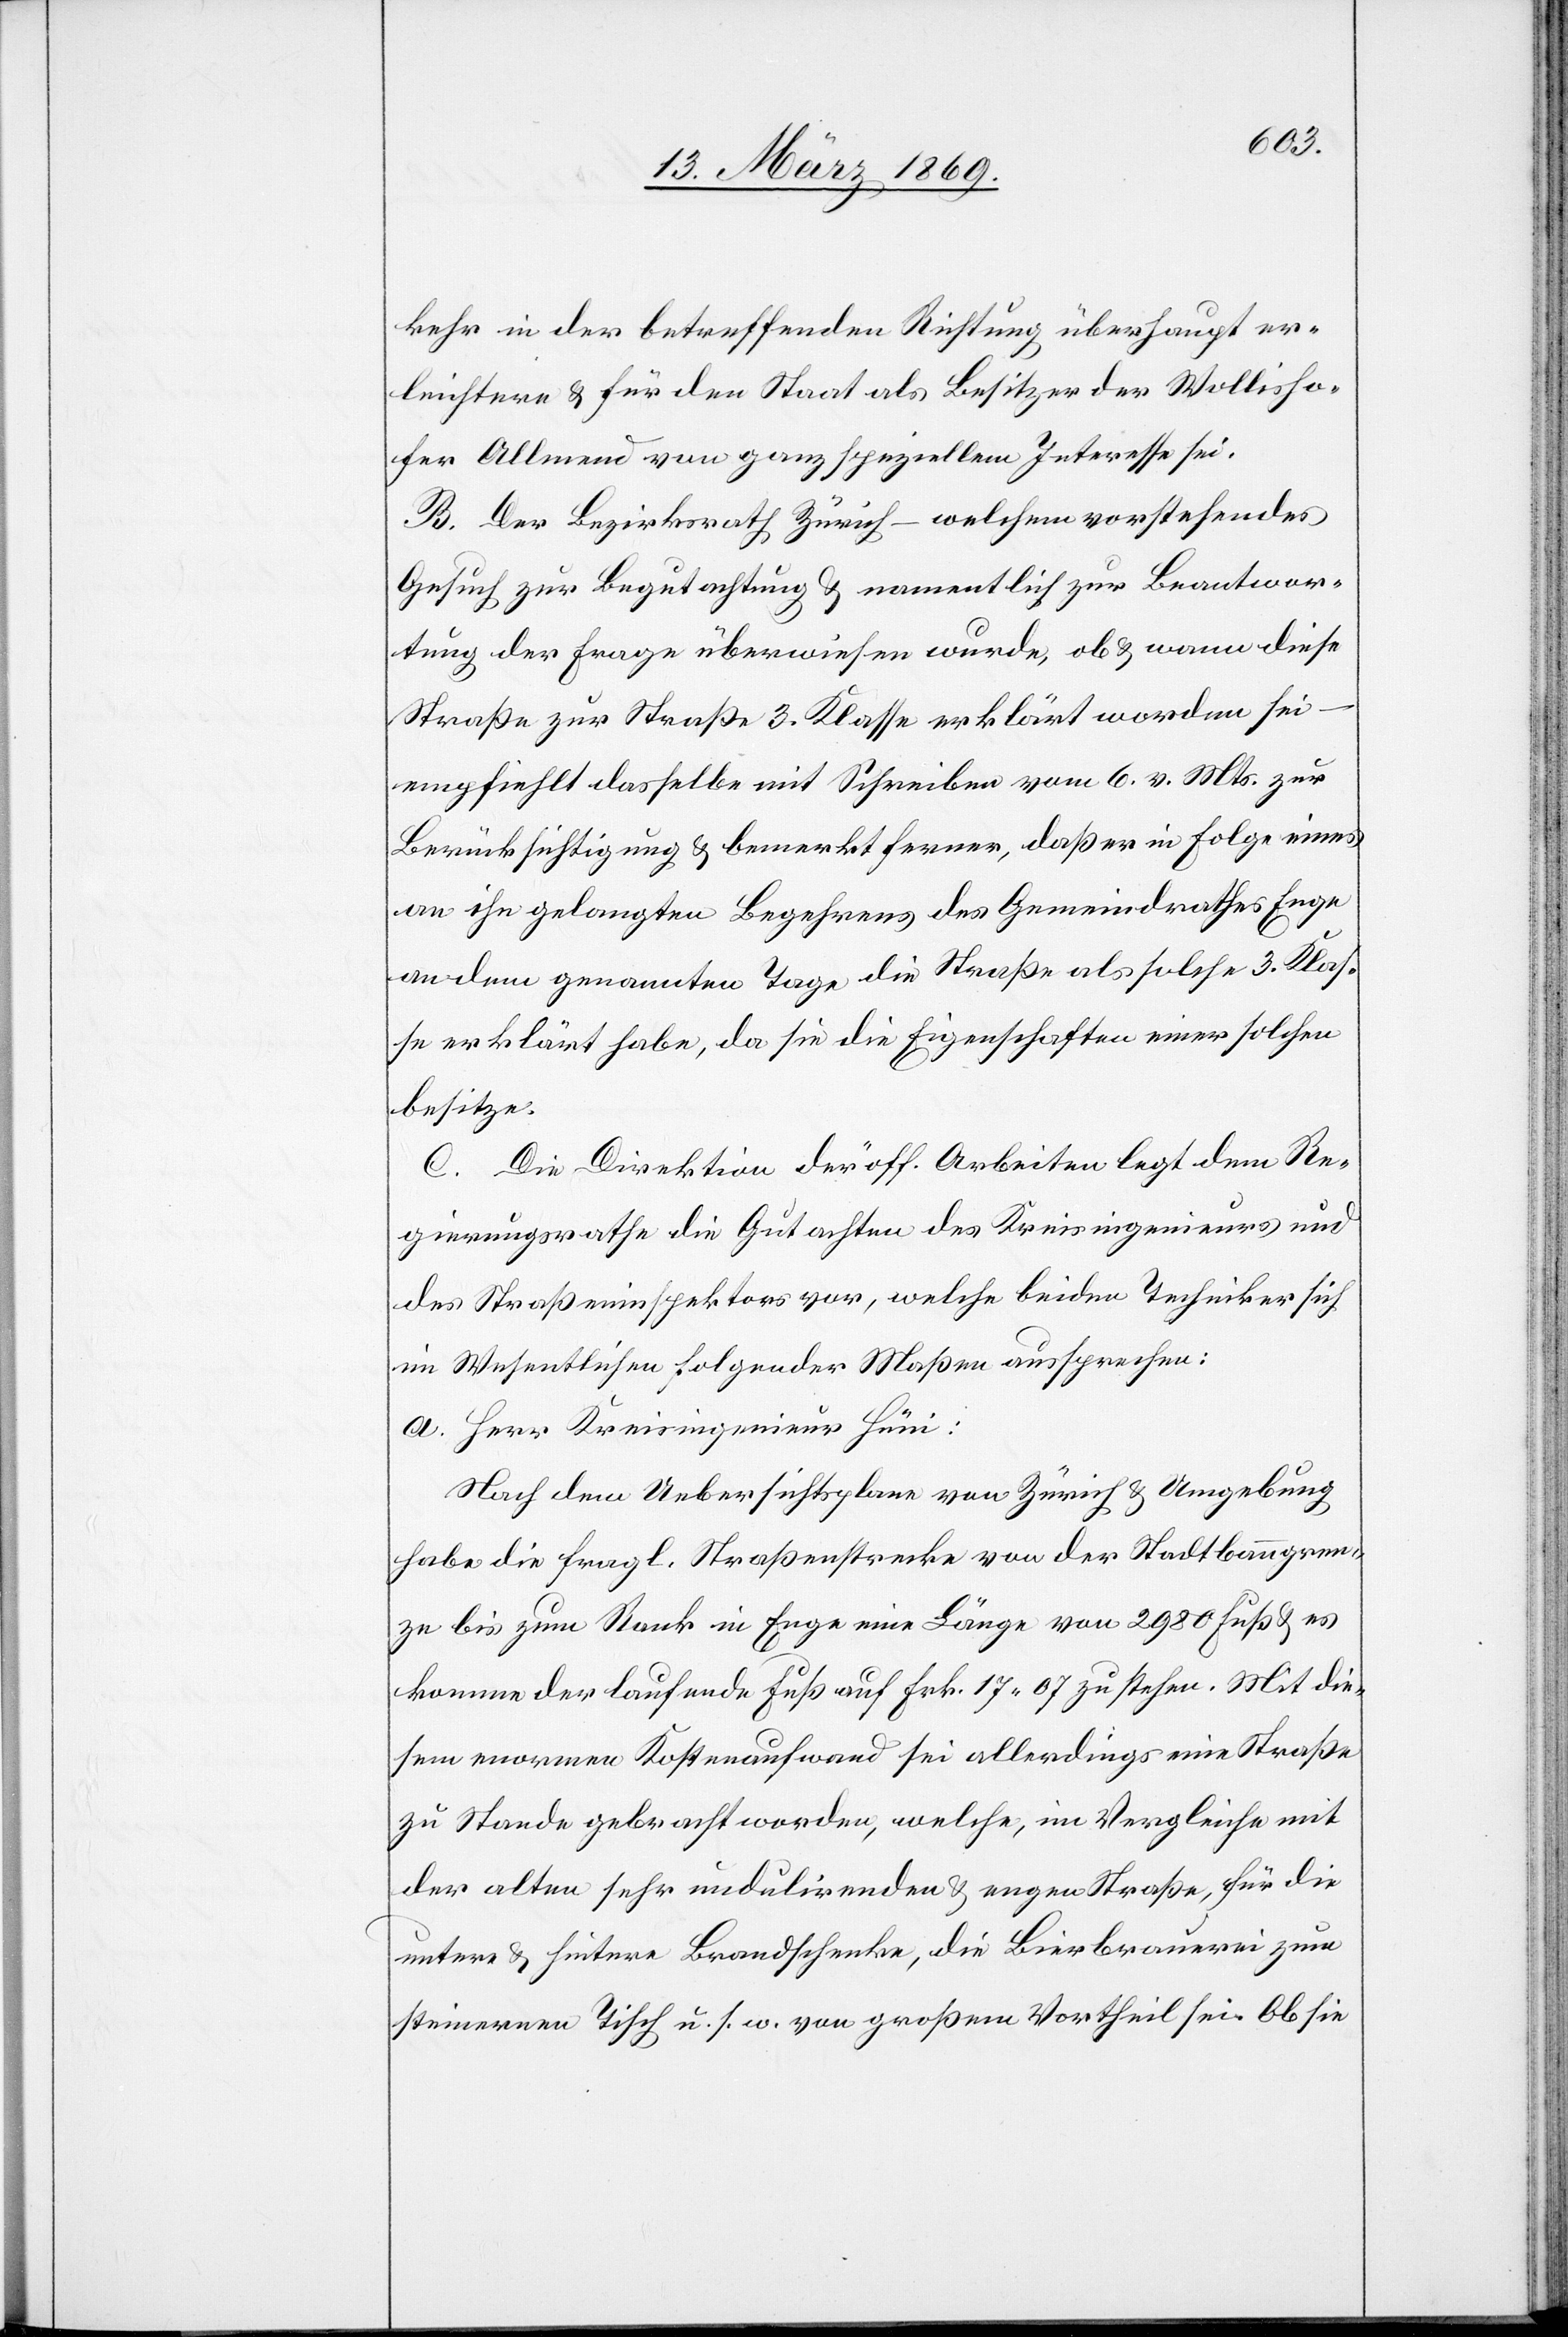
kehr in der betreffenden Richtung überhaupt er¬
leichtern & für den Staat als Besitzer der Wollisho¬
fer Allmend vom ganz speziellen Interesse sei.
B. Der Bezirksrath Zürich – welchem vorstehendes
Gesuch zur Begutachtung & namentlich zur Beantwor¬
tung der Frage überwiesen wurde, ob & wann diese
Straße zur Straße 3. Klasse erklärt worden sei –
empfiehlt dasselbe mit Schreiben vom 6. v. Mts. zur
Berücksichtigung & bemerkt ferner, daß er in Folge eines
an ihn gelangten Begehrens des Gemeindrathes Enge
an dem genannten Tage die Straße als solche 3. Klas¬
se erklärt habe, da sie die Eigenschaften einer solchen
besitze.
C. Die Direktion der öff. Arbeiten legt dem Re¬
gierungsrathe die Gutachten des Kreisingenieurs und
des Straßeninspektors vor, welche beiden Techniker sich
im Wesentlichen folgender Maßen aussprechen:
a. Herr Kreisingenieur Hüni:
Nach dem Uebersichtsplan von Zürich & Umgebung
habe die fragl. Straßenstrecke von der Stadtbaugren¬
ze bis zum Rank in Enge eine Länge von 2980 Fuß & es
komme der laufende Fuß auf Frk. 17.07 zu stehen. Mit die¬
sem enormen Kostenaufwand sei allerdings eine Straße
zu Stande gebracht worden, welche, im Vergleiche mit
der alten sehr undulirenden & engen Straße, für die
untere & hintere Brandschenke, die Bierbrauerin zum
steinernen Tisch u. s. w. von großem Vortheil sei. Ob sie